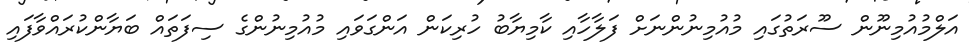
އަލްމުއުމިނޫން ސޫރަތުގައި މުއުމިނުންނަށް ފަލާހާއި ކާމިޔާބު ހުރިކަން އަންގަވައި މުއުމިނުންގެ ސިފަތައް ބަޔާންކުރައްވާފައި